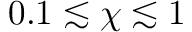
0 . 1 \lesssim \chi \lesssim 1